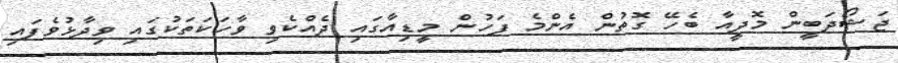
ޖަޝޯދަބީން މޮދީއާ ބެހޭ ގޮތުން އެންމެ ފަހުން މީޑިއާގައި ދެއްކެވި ވާހަކަތަކުގައި ވިދާޅުވެފައި